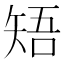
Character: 𥏒